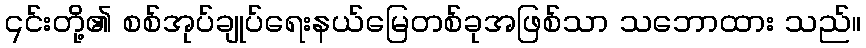
၎င်းတို့၏ စစ်အုပ်ချုပ်ရေးနယ်မြေတစ်ခုအဖြစ်သာ သဘောထား သည်။